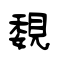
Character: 覣